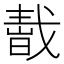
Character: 𢧬